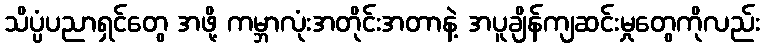
သိပ္ပံပညာရှင်တွေ အဖို့ ကမ္ဘာလုံးအတိုင်းအတာနဲ့ အပူချိန်ကျဆင်းမှုတွေကိုလည်း